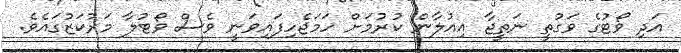
އަދި ވޯޓުގެ ވަގުތީ ނަތީޖާ އިއުލާން ކުރުމަށް ހަމަޖެހިފައިވަނީ ވެސް ވޯޓުލާ މަރުކަޒުގައެވެ.